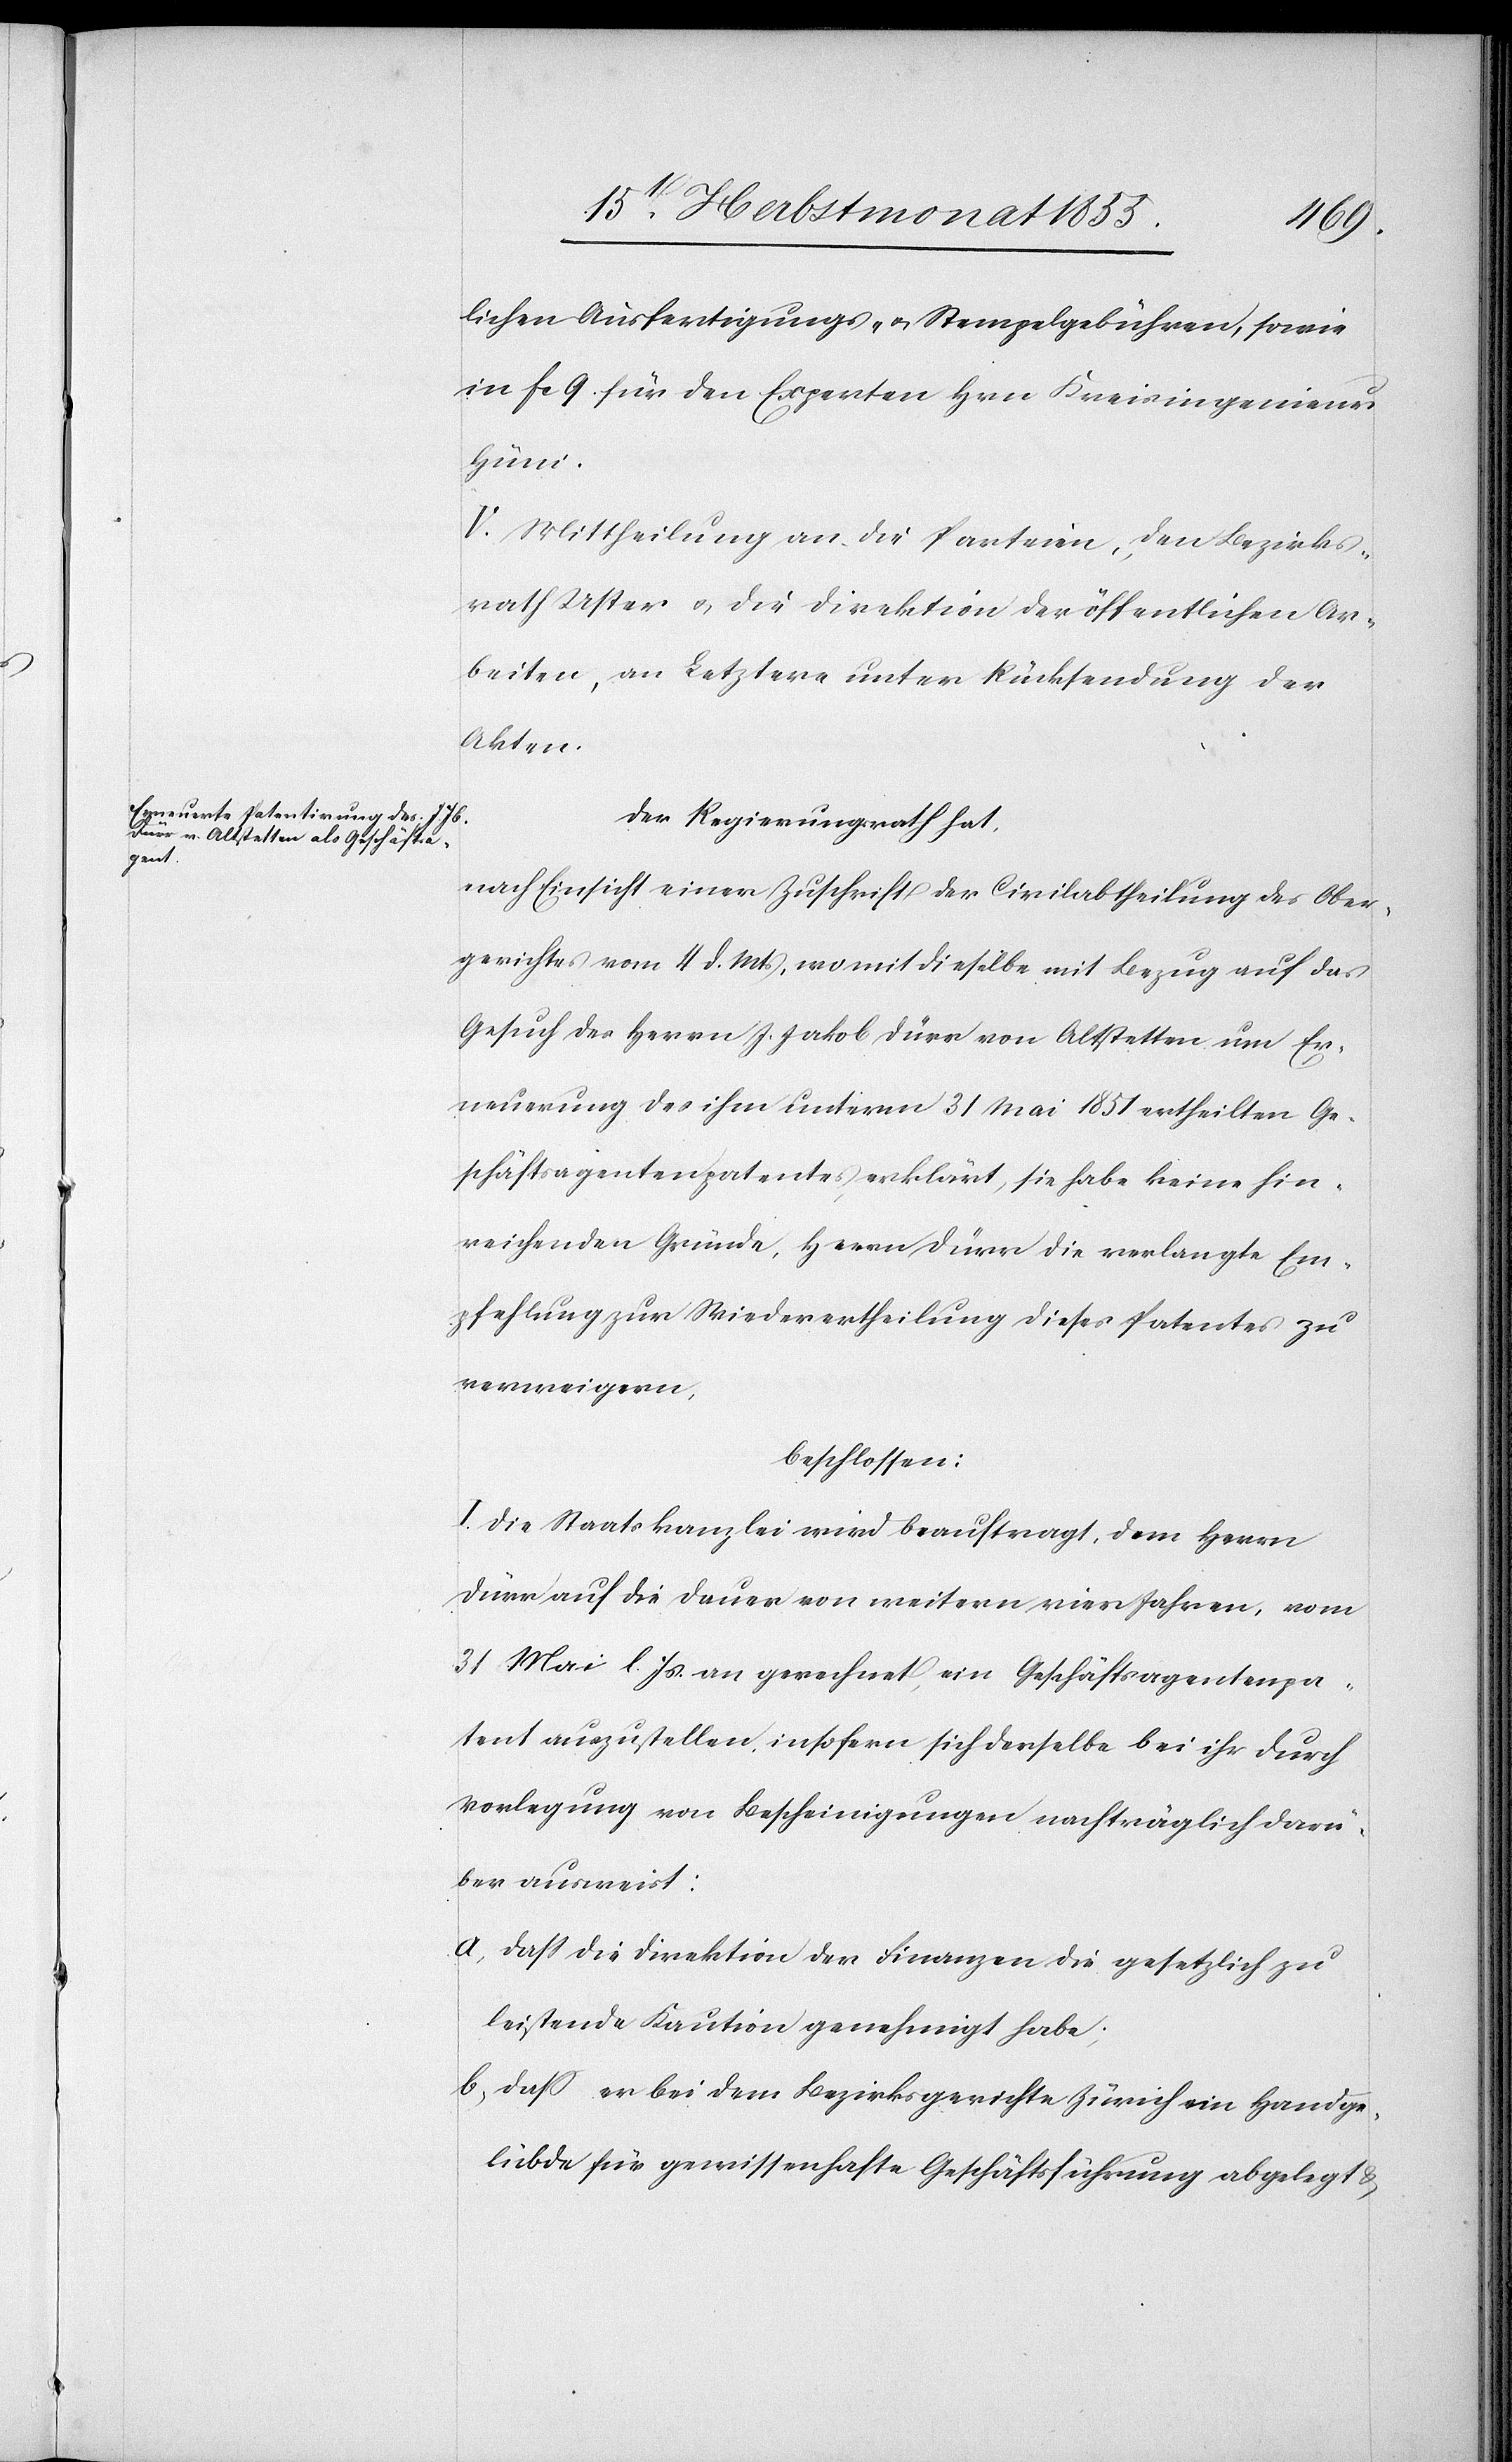
lichen Ausfertigungs- & Stempelgebühren, sowie
in F[?c.] 9. für den Experten Hrn. Kreisingenieur
Hüni.
V. Mittheilung an die Parteien, den Bezirks¬
rath Uster & die Direktion der öffentlichen Ar¬
beiten, an Letztere unter Rücksendung der
Akten.
Der Regierungsrath hat,
nach Einsicht einer Zuschrift der Civilabtheilung des Ober¬
gerichtes vom 4 d. Mts, womit dieselbe mit Bezug auf das
Gesuch des Herrn J. Jakob Dürr von Altstetten um Er¬
neuerung des ihm unterm 31 Mai 1851 ertheilten Ge¬
schäftsagentenpatentes, erklärt, sie habe keine hin¬
reichenden Gründe, Herrn Dürr die verlangte Em¬
pfehlung zur Wiederertheilung dieses Patentes zu
verweigern,
beschlossen:
I. Die Staatskanzlei wird beauftragt, dem Herrn
Dürr auf die Dauer von weitern vier Jahren, vom
31 Mai l. Js. an gerechnet, ein Geschäftsagentenpa¬
tent auszustellen, insofern sich derselbe bei ihr durch
Vorlegung von Bescheinigungen nachträglich darü¬
ber ausweist:
dass die Direktion der Finanzen die gesetzlich zu
leistende Kaution genehmigt habe;
dass er bei dem Bezirksgerichte Zürich ein Handge¬
lübde für gewissenhafte Geschäftsführung abgelegt &